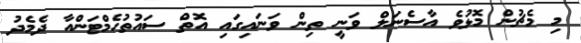
މި މެޗުން މޮޅުވެ އާސެނަލް ވަނީ ތިން ވަނައިގައި އޮތް ސައުތުހެމްޓަންއާ ދެމެދު